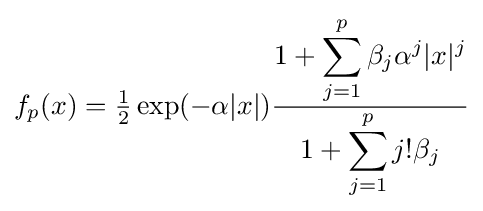
f_{p}(x)={\tfrac {1}{2}}\exp(-\alpha |x|){\frac {\displaystyle 1+\sum _{j=1}^{p}\beta _{j}\alpha ^{j}|x|^{j}}{\displaystyle 1+\sum _{j=1}^{p}j!\beta _{j}}}